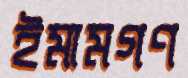
ইমামগণ